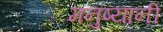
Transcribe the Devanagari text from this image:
मनुष्यानी